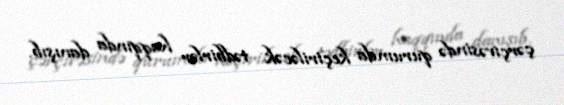
çərçivəsində qurumda keçiriləcək tədbirlər haqqında danışıb.